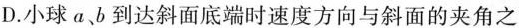
D.小球ab到达斜面底端时速度方向与斜面的夹角之